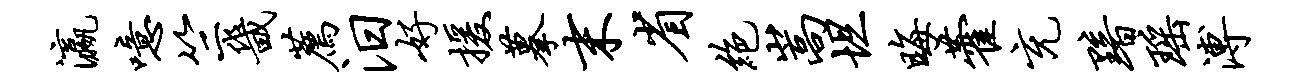
瀛噫竺畿荐汨好援摹末省绝嵩坦晦藿充黯瑶溥